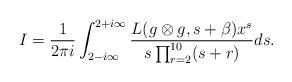
LaTeX: \begin{align*}I=\frac{1}{2\pi i} \int_{2-i\infty}^{2+i \infty} \frac{L(g \otimes g,s + \beta)x^s}{s \prod_{r=2}^{10}(s+r)}ds.\end{align*}